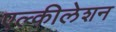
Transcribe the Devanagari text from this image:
एल्कीलेशन